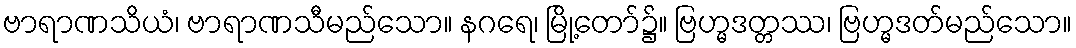
ဗာရာဏသိယံ၊ ဗာရာဏသီမည်သော။ နဂရေ၊ မြို့တော်၌။ ဗြဟ္မဒတ္တဿ၊ ဗြဟ္မဒတ်မည်သော။